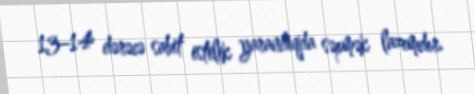
13–14 dərəcə sabit istilik yarandıqda səpmək lazımdır.